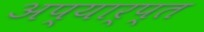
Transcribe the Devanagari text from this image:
अप्यार्प्त